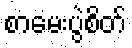
စာမေးပွဲစိတ်